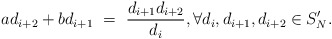
\begin{align*} ad_{i+2}+bd_{i+1}\ =\ \frac{d_{i+1}d_{i+2}}{d_i}, \forall d_i, d_{i+1}, d_{i+2}\in S'_{N}.\end{align*}